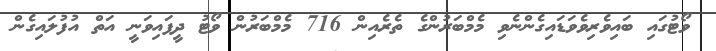
ވޯޓުގައި ބައިވެރިވެވަޑައިގެންނެވި މެމްބަރުންގެ ތެރެއިން 716 މެމްބަރުން ވޯޓު ދީފައިވަނީ އަތް އުފުލައިގެން